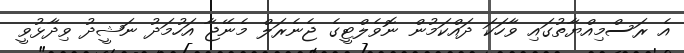
އެ ރަސްމިއްޔާތުގައި ވާހަކަ ދައްކަމުން ނޮވެލްޓީގެ ޖެނެރަލް މެނޭޖާ އަހުމަދު ނަޝީދު ވިދާޅުވީ